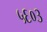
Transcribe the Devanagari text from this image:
५६०३